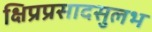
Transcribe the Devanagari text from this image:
क्षिप्रप्रसादसुलभ